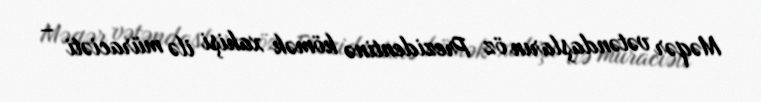
Məqər vətəndaşların öz Prezidentinə kömək xahişi ilə müraciəti –